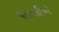
પાટલીએ